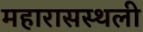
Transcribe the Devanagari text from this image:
महारासस्थली